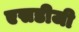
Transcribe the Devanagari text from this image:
एसडीजी